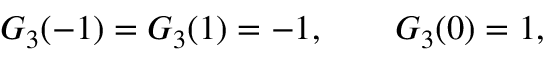
{ \cal G } _ { 3 } ( - 1 ) = { \cal G } _ { 3 } ( 1 ) = - 1 , \qquad { \cal G } _ { 3 } ( 0 ) = 1 ,